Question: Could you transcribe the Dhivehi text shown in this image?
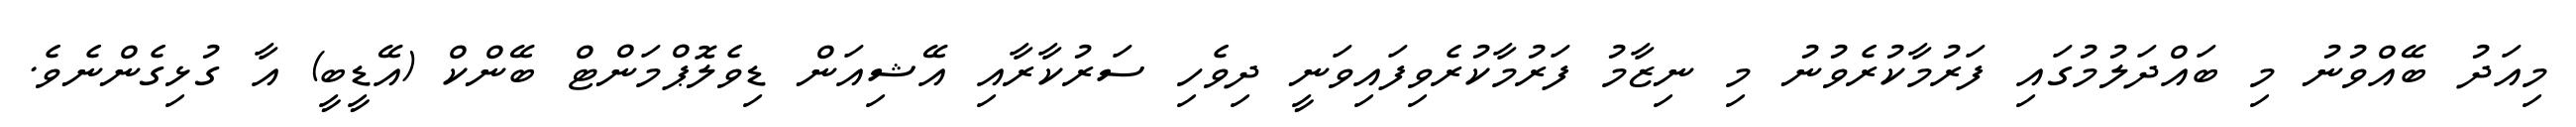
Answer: މިއަދު ބޭއްވުނު މި ބައްދަލުމުގައި ފަރުމާކުރެވުނު މި ނިޒާމު ފަރުމާކުރެވިފައިވަނީ ދިވެހި ސަރުކާރާއި އޭޝިއަން ޑިވެލޮޕްމަންޓް ބޭންކް (އޭޑީބީ) އާ ގުޅިގެންނެވެ.